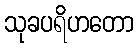
သုခပရိဟတော